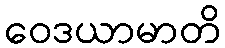
ဝေဒယာမာတိ